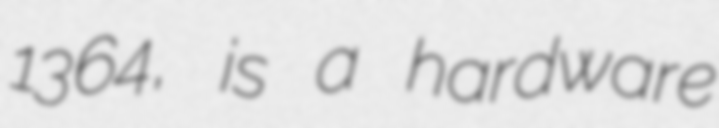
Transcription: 1364, is a hardware